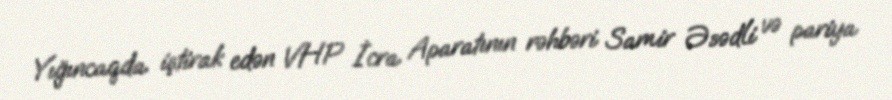
Yığıncaqda iştirak edən VHP İcra Aparatının rəhbəri Samir Əsədli və pariya